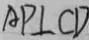
A P \bot C D